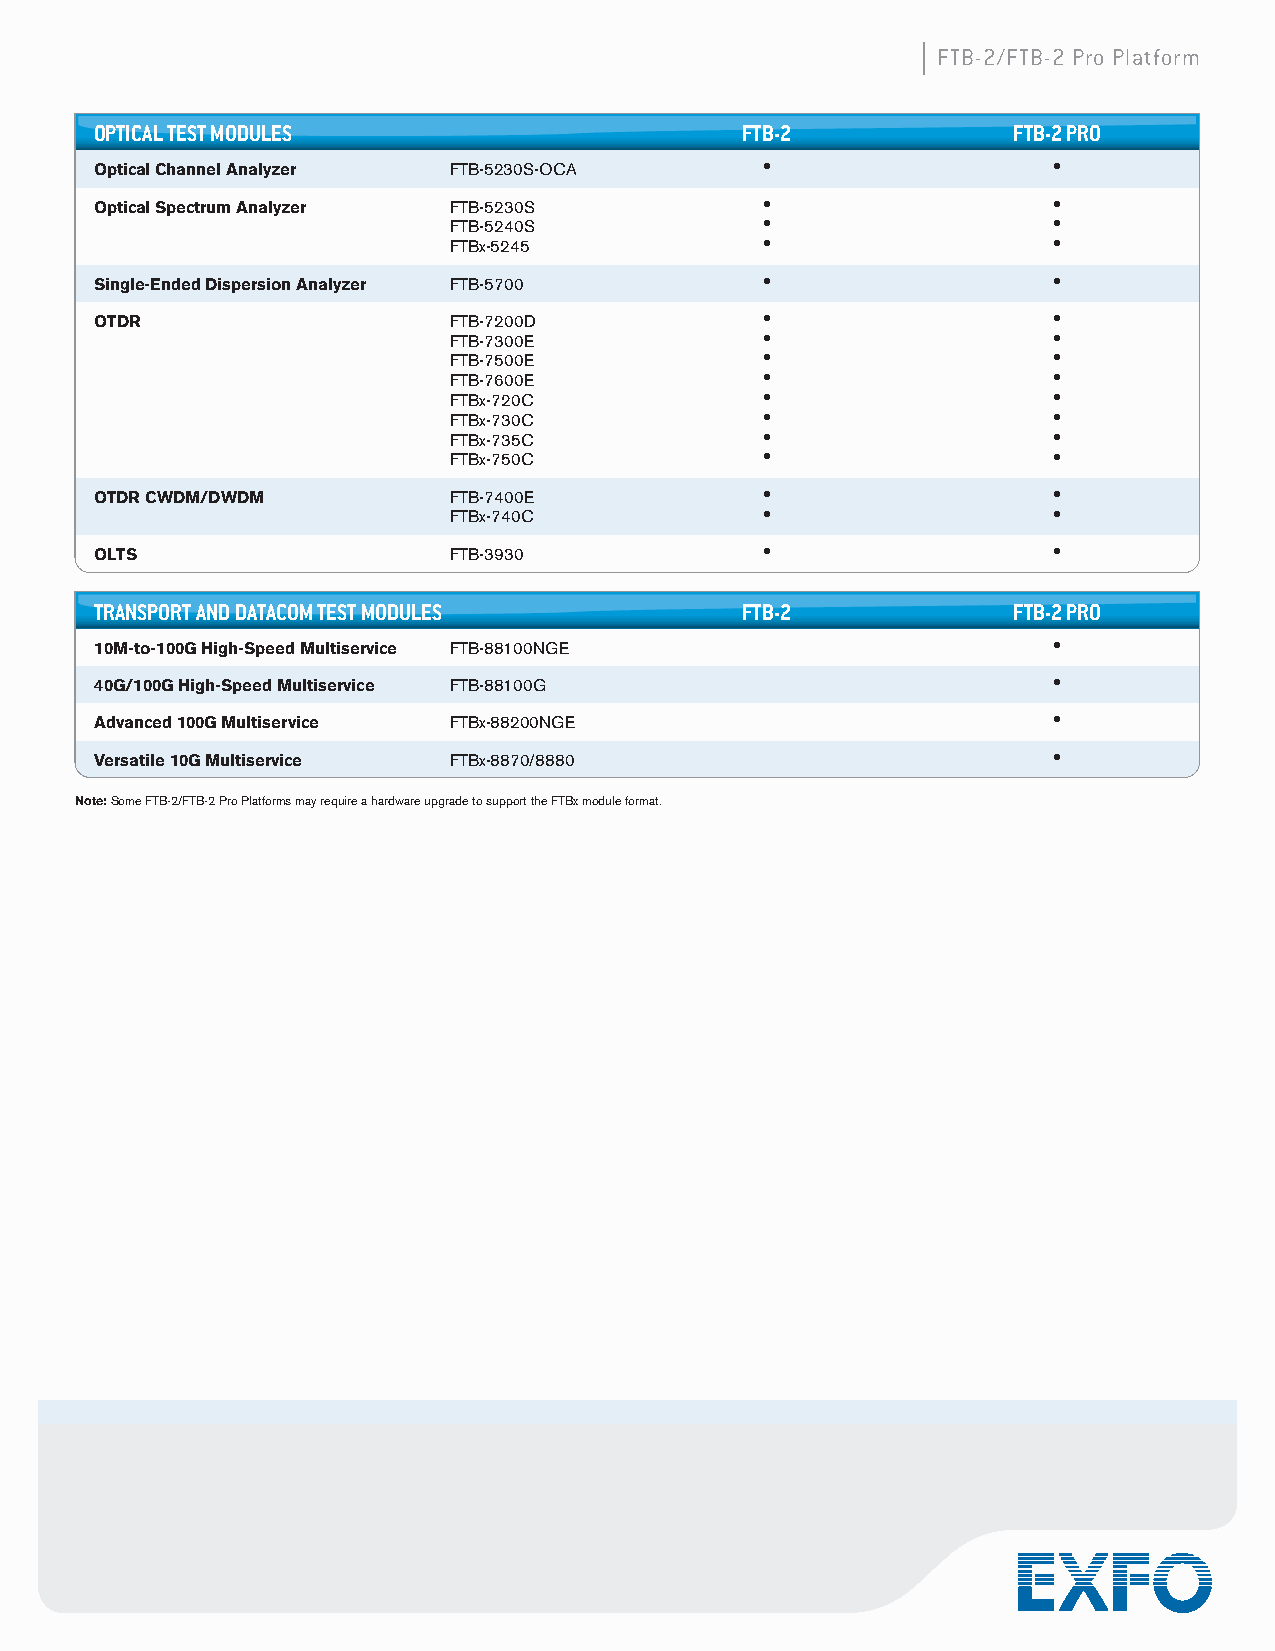
FTB-2/FTB-2 Pro Platform
 OPTICAL TEST MODULES                       FTB-2             FTB-2 PRO
 Optical Channel Analyzer FTB-5230S-OCA      •                   •
 Optical Spectrum Analyzer FTB-5230S         •                   •
 FTB-5240S           •                   •
 FTBx-5245           •                   •
 Single-Ended Dispersion Analyzer FTB-5700   •                   •
 OTDR                    FTB-7200D           •                   •
 FTB-7300E           •                   •
 FTB-7500E           •                   •
 FTB-7600E           •                   •
 FTBx-720C           •                   •
 FTBx-730C           •                   •
 FTBx-735C           •                   •
 FTBx-750C           •                   •
 OTDR CWDM/DWDM          FTB-7400E           •                   •
 FTBx-740C           •                   •
 OLTS                    FTB-3930            •                   •
 TRANSPORT AND DATACOM TEST MODULES         FTB-2             FTB-2 PRO
 10M-to-100G High-Speed Multiservice FTB-88100NGE                •
 40G/100G High-Speed Multiservice FTB-88100G                     •
 Advanced 100G Multiservice FTBx-88200NGE                        •
 Versatile 10G Multiservice FTBx-8870/8880                       •
 Note: Some FTB-2/FTB-2 Pro Platforms may require a hardware upgrade to support the FTBx module format.